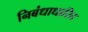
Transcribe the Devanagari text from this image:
निबंधाधारित